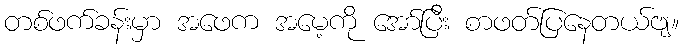
တစ်ဖက်ခန်းမှာ အဖေက အမေ့ကို အော်ပြီး စာဖတ်ပြနေတယ်ဗျ။